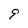
Character: 9